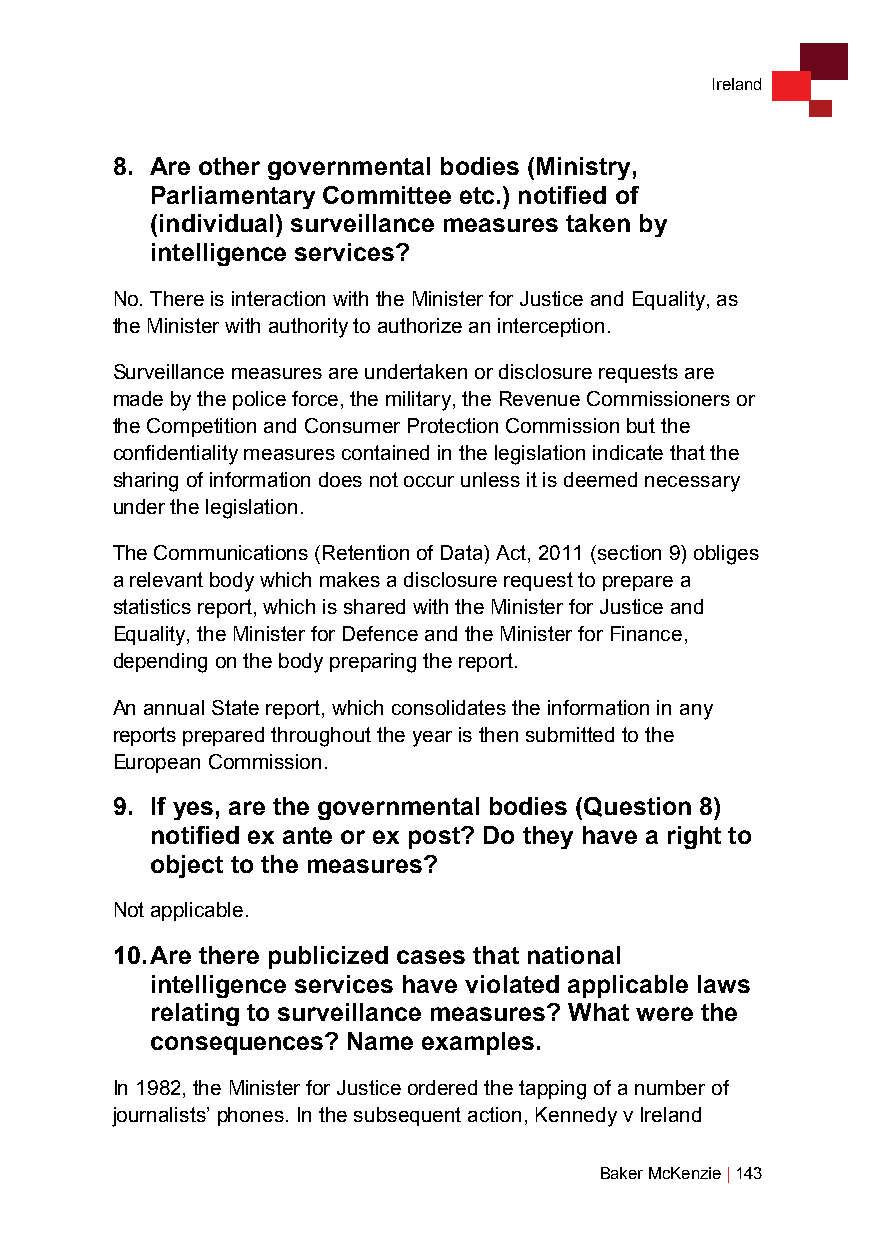
Ireland
 8. Are other governmental bodies (Ministry,
 Parliamentary Committee etc.) notified of
 (individual) surveillance measures taken by
 intelligence services?
 No. There is interaction with the Minister for Justice and Equality, as
 the Minister with authority to authorize an interception.
 Surveillance measures are undertaken or disclosure requests are
 made by the police force, the military, the Revenue Commissioners or
 the Competition and Consumer Protection Commission but the
 confidentiality measures contained in the legislation indicate that the
 sharing of information does not occur unless it is deemed necessary
 under the legislation.
 The Communications (Retention of Data) Act, 2011 (section 9) obliges
 a relevant body which makes a disclosure request to prepare a
 statistics report, which is shared with the Minister for Justice and
 Equality, the Minister for Defence and the Minister for Finance,
 depending on the body preparing the report.
 An annual State report, which consolidates the information in any
 reports prepared throughout the year is then submitted to the
 European Commission.
 9. If yes, are the governmental bodies (Question 8)
 notified ex ante or ex post? Do they have a right to
 object to the measures?
 Not applicable.
 10. Are there publicized cases that national
 intelligence services have violated applicable laws
 relating to surveillance measures? What were the
 consequences? Name examples.
 In 1982, the Minister for Justice ordered the tapping of a number of
 journalists’ phones. In the subsequent action, Kennedy v Ireland
 Baker McKenzie | 143